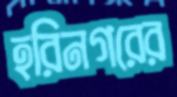
হরিনগরের